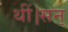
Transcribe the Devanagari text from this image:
थीं।सन्